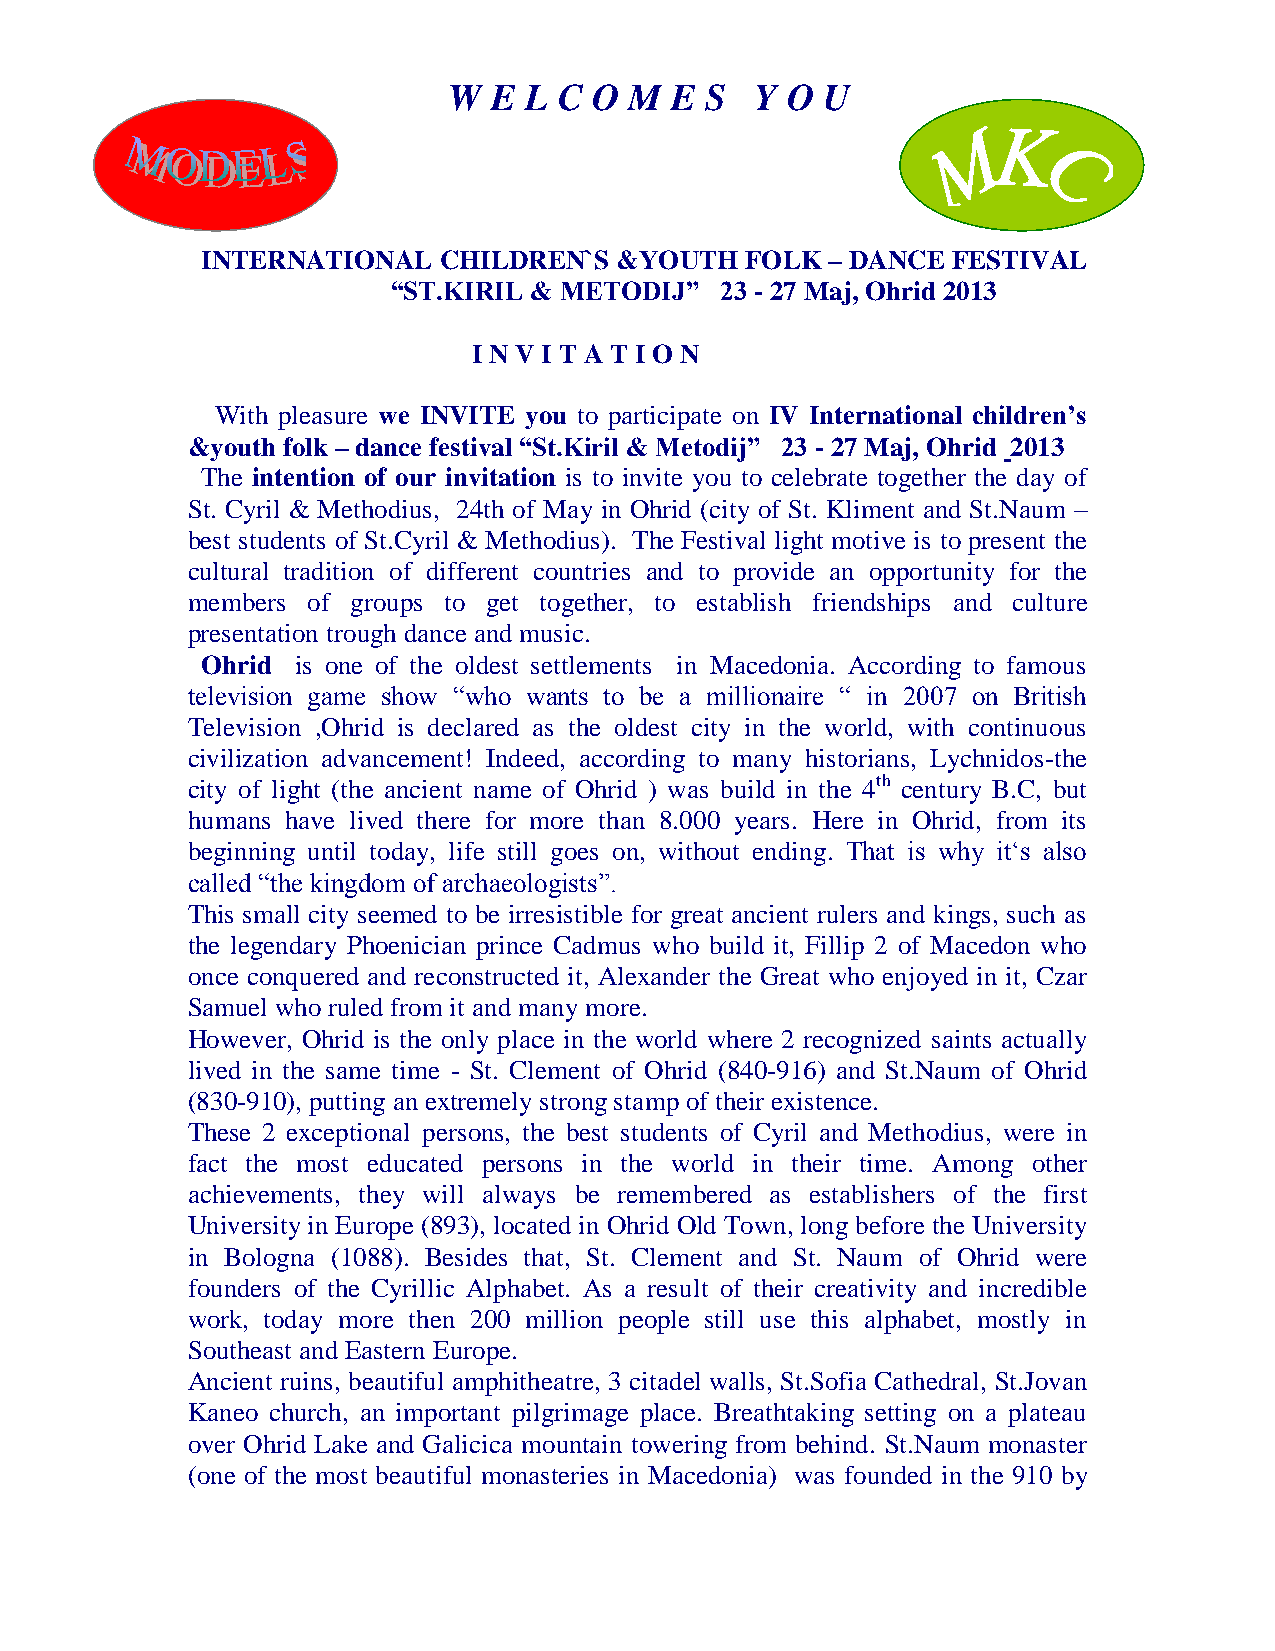
W E  L C O  M E  S  Y O U
 IN
 NAL  CHIL DREN´S FOLK-DANCE   FESTIVAL  „HA
 INTERNATIONAL   CHILDREN`S  &YOUTH  FOLK  – DANCE FESTIVAL
 “ST.KIRIL & METODIJ”  23 - 27 Maj, Ohrid 2013
 I N V I T A T I O N
 With pleasure we INVITE you to participate on IV International children’s
 &youth folk – dance festival “St.Kiril & Metodij” 23 - 27 Maj, Ohrid 2013
 The intention of our invitation is to invite you to celebrate together the day of
 St. Cyril & Methodius, 24th of May in Ohrid (city of St. Kliment and St.Naum –
 best students of St.Cyril & Methodius). The Festival light motive is to present the
 cultural tradition of different countries and to provide an opportunity for the
 members of groups to get together, to establish friendships and culture
 presentation trough dance and music.
 Ohrid  is one of the oldest settlements in Macedonia. According to famous
 television game show “who wants to be a millionaire “ in 2007 on British
 Television ,Ohrid is declared as the oldest city in the world, with continuous
 civilization advancement! Indeed, according to many historians, Lychnidos-the
 city of light (the ancient name of Ohrid ) was build in the 4th century B.C, but
 humans have lived there for more than 8.000 years. Here in Ohrid, from its
 beginning until today, life still goes on, without ending. That is why it„s also
 called “the kingdom of archaeologists”.
 This small city seemed to be irresistible for great ancient rulers and kings, such as
 the legendary Phoenician prince Cadmus who build it, Fillip 2 of Macedon who
 once conquered and reconstructed it, Alexander the Great who enjoyed in it, Czar
 Samuel who ruled from it and many more.
 However, Ohrid is the only place in the world where 2 recognized saints actually
 lived in the same time - St. Clement of Ohrid (840-916) and St.Naum of Ohrid
 (830-910), putting an extremely strong stamp of their existence.
 These 2 exceptional persons, the best students of Cyril and Methodius, were in
 fact the most educated persons in the world in their time. Among other
 achievements, they will always be remembered as establishers of the first
 University in Europe (893), located in Ohrid Old Town, long before the University
 in Bologna (1088). Besides that, St. Clement and St. Naum of Ohrid were
 founders of the Cyrillic Alphabet. As a result of their creativity and incredible
 work, today more then 200 million people still use this alphabet, mostly in
 Southeast and Eastern Europe.
 Ancient ruins, beautiful amphitheatre, 3 citadel walls, St.Sofia Cathedral, St.Jovan
 Kaneo church, an important pilgrimage place. Breathtaking setting on a plateau
 over Ohrid Lake and Galicica mountain towering from behind. St.Naum monaster
 (one of the most beautiful monasteries in Macedonia) was founded in the 910 by